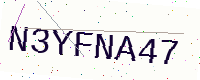
Text: N3YFNA47